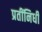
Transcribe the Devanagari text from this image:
प्रतींनिधी